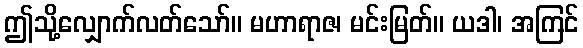
ဤသို့လျှောက်လတ်သော်။ မဟာရာဇ၊ မင်းမြတ်။ ယဒါ၊ အကြင်